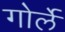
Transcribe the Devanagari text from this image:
गोर्ले